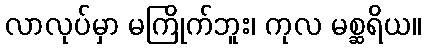
လာလုပ်မှာ မကြိုက်ဘူး၊ ကုလ မစ္ဆရိယ။